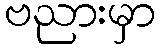
ဗညားမှာ